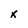
Character: x